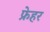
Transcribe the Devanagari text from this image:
फ्रेहर